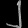
Digit: ၂